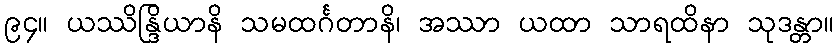
၉၄။ ယဿိန္ဒြိယာနိ သမထင်္ဂတာနိ၊ အဿာ ယထာ သာရထိနာ သုဒန္တာ။